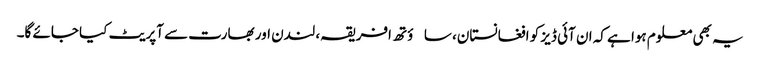
یہ بھی معلوم ہوا ہے کہ ان آئی ڈیز کو افغانستان، ساؤتھ افریقہ، لندن اور بھارت سے آپریٹ کیا جائے گا۔